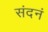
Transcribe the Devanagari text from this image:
संदनं